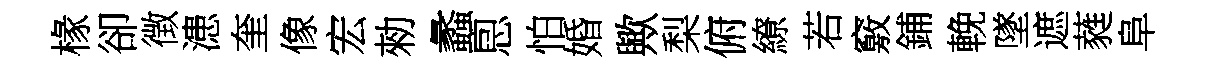
椽卻徴漶奎像宏勑蠡㤙怕婚歟梨俯繚若竅鋪輓墜遮蕤阜